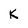
Character: K